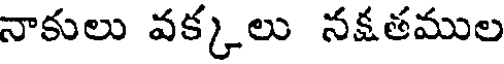
నాకులు వక్కలు నక్షతముల